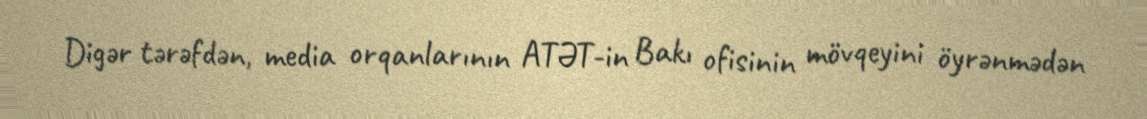
Digər tərəfdən, media orqanlarının ATƏT-in Bakı ofisinin mövqeyini öyrənmədən